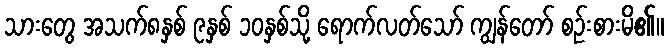
သားတွေ အသက်၈နှစ် ၉နှစ် ၁၀နှစ်သို့ ရောက်လတ်သော် ကျွန်တော် စဉ်းစားမိ၏။